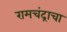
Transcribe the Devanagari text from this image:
रामचंद्राचा